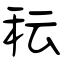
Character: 秐